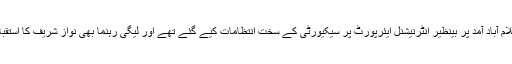
پیر کی صبح سابق وزیراعظم کی اسلام آباد آمد پر بینظیر انٹرنیشنل ایئرپورٹ پر سیکیورٹی کے سخت انتظامات کیے گئے تھے اور لیگی رہنما بھی نواز شریف کا استقبال کرنے ہوائی اڈے پر موجود تھے۔